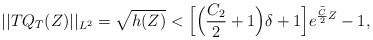
\begin{align*}||TQ_T(Z)||_{L^2} = \sqrt{h(Z)}<\Big[\Big(\frac{C_2}{2}+1\Big)\delta+1\Big]e^{\frac{\widetilde{C}}{2}Z}-1,\end{align*}